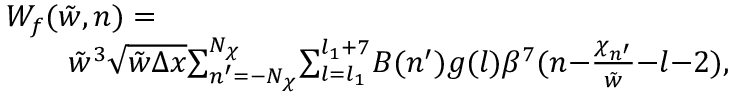
\begin{array} { r l } & { W _ { f } ( \tilde { w } , n ) = } \\ & { \qquad \tilde { w } ^ { 3 } \sqrt { \tilde { w } \Delta x } { \sum _ { n ^ { \prime } = - N _ { \chi } } ^ { N _ { \chi } } } { \sum _ { l = l _ { 1 } } ^ { l _ { 1 } + 7 } } B ( n ^ { \prime } ) g ( l ) \beta ^ { 7 } ( n { - } \frac { \chi _ { n ^ { \prime } } } { \tilde { w } } { - } l { - } 2 ) , } \end{array}